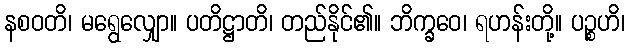
နစဝတိ၊ မရွေလျှော။ ပတိဋ္ဌာတိ၊ တည်နိုင်၏။ ဘိက္ခဝေ၊ ရဟန်းတို့။ ပဉ္စဟိ၊